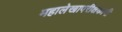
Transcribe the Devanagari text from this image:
महालेखापरीक्षकानी